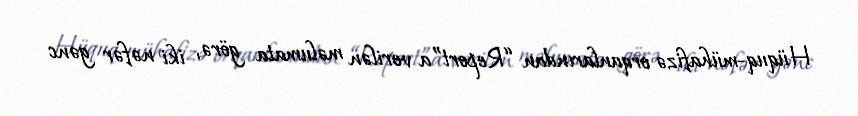
Hüquq-mühafizə orqanlarından “Report”a verilən məlumata görə, iki nəfər gənc